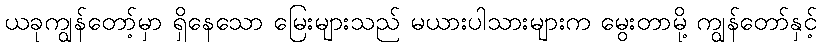
ယခုကျွန်တော့်မှာ ရှိနေသော မြေးများသည် မယားပါသားများက မွေးတာမို့ ကျွန်တော်နှင့်